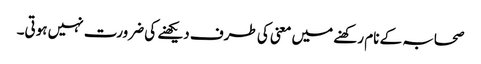
صحابہ کے نام رکھنے میں معنی کی طرف دیکھنے کی ضرورت نہیں ہوتی۔